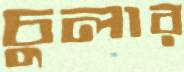
চুলার